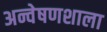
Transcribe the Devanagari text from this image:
अन्वेषणशाला